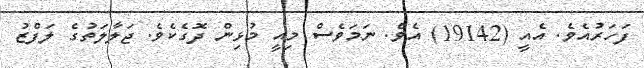
ފަހަރުއެވެ. އެއީ (19142) އެވެ. ނަމަވެސް މިއީ މުޅިން ދޮގެކެވެ. ޖަލާލަތުގެ ލަފްޒު